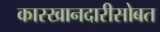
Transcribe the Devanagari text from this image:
कारखानदारीसोबत